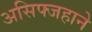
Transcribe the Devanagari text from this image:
असिफ्जहाने